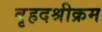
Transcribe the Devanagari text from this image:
बृहदश्रीक्रम